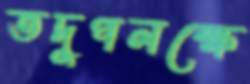
তদুপলক্ষে